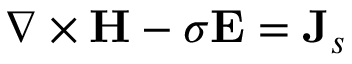
\nabla \times \mathbf { H } - \sigma \mathbf { E } = \mathbf { J } _ { s }